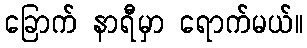
ခြောက် နာရီမှာ ရောက်မယ်။